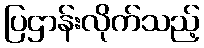
ပြဌာန်းလိုက်သည့်